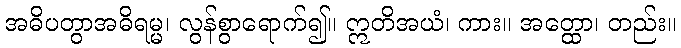
အဓိပတွာအဓိရမ္မ၊ လွန်စွာရောက်၍။ ဣတိအယံ၊ ကား။ အတ္ထော၊ တည်း။